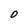
Character: O